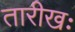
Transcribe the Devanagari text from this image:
तारीखः